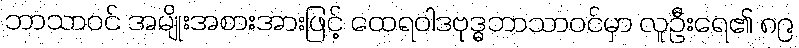
ဘာသာဝင် အမျိုးအစားအားဖြင့် ထေရဝါဒဗုဒ္ဓဘာသာဝင်မှာ လူဦးရေ၏ ၈၉